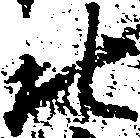
北